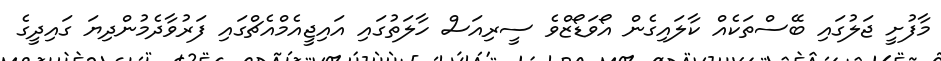
މާފުށީ ޖަލުގައި ބޭސްތަކެއް ކާލައިގެން އޯވަޑޯޒްވެ ސީރިއަސް ހާލަތުގައި އައިޖީއެމްއެޗްގައި ފަރުވާދެމުންދިޔަ ގައިދީގެ